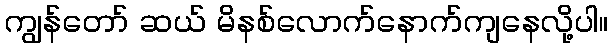
ကျွန်တော် ဆယ် မိနစ်လောက်နောက်ကျနေလို့ပါ။